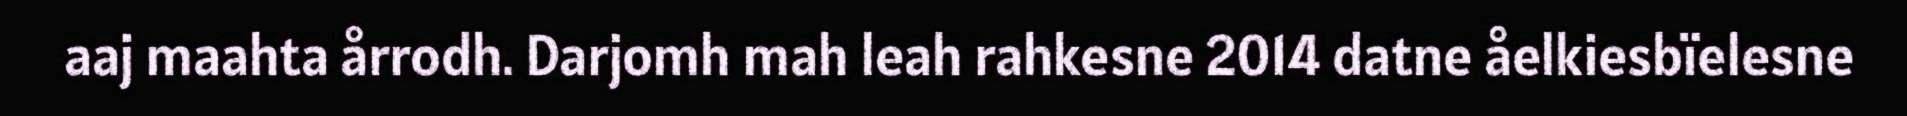
aaj maahta årrodh. Darjomh mah leah rahkesne 2014 datne åelkiesbïelesne